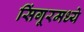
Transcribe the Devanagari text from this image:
सिंगूरमध्ये